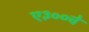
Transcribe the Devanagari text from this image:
ए३००चे